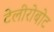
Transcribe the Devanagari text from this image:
टेलीरोबोट